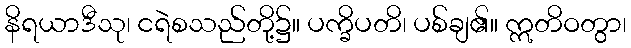
နိရယာဒီသု၊ ငရဲစသည်တို့၌။ ပက္ခိပတိ၊ ပစ်ချ၏။ ဣတိဝတွာ၊